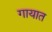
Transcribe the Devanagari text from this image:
गायात